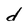
Character: d